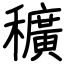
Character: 穬